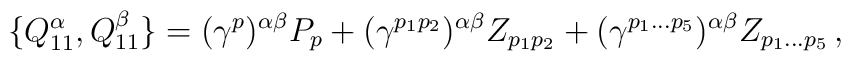
\{{Q_{11}^{\alpha}},{Q_{11}^{\beta}}\}=({\gamma}^p)^{\alpha\beta}P_p+({\gamma}^{p_1p_2})^{\alpha\beta}Z_{p_1p_2}+({\gamma}^{p_1\dots p_5})^{\alpha\beta}Z_{p_1\dots p_5}\,,